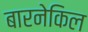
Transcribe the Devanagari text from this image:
बारनेकिल